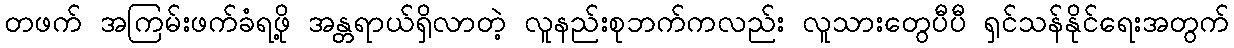
တဖက် အကြမ်းဖက်ခံရဖို့ အန္တရာယ်ရှိလာတဲ့ လူနည်းစုဘက်ကလည်း လူသားတွေပီပီ ရှင်သန်နိုင်ရေးအတွက်